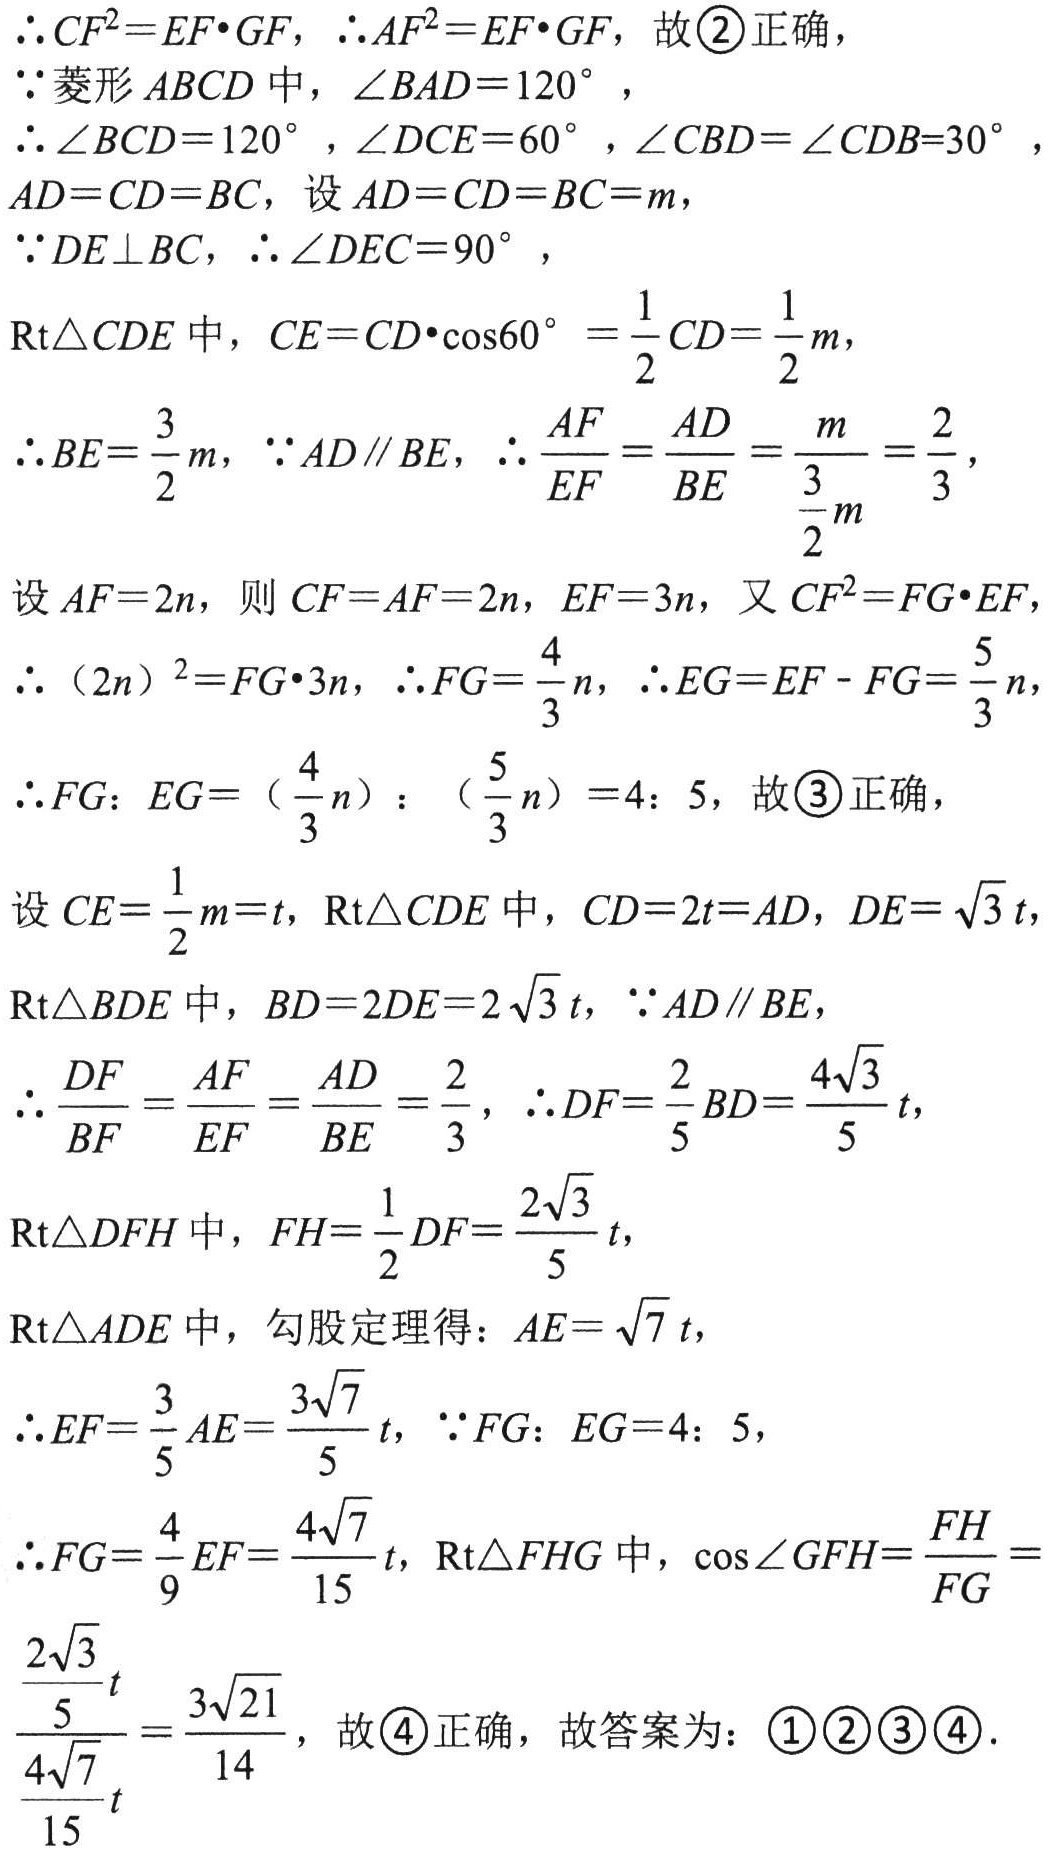
\(\therefore CF^{2}=EF\cdot GF,\ \therefore AF^{2}=EF\cdot GF,\) 故 \(\textcircled{2}\) 正确，

\(\because\) 菱形 \(ABCD\) 中，\(\angle BAD = 120^{\circ}\)，

\(\therefore \angle BCD = 120^{\circ},\angle DCE = 60^{\circ},\angle CBD=\angle CDB = 30^{\circ},\)

\(AD = CD = BC\)，设 \(AD = CD = BC = m\)，

\(\because DE\perp BC,\ \therefore \angle DEC = 90^{\circ}\)，

\(\text{Rt}\triangle CDE\) 中，\(CE = CD\cdot\cos60^{\circ}=\frac{1}{2}CD=\frac{1}{2}m\)，

\(\therefore BE=\frac{3}{2}m,\ \because AD\parallel BE,\ \therefore \frac{AF}{EF}=\frac{AD}{BE}=\frac{m}{\frac{3}{2}m}=\frac{2}{3}\)，

设 \(AF = 2n\)，则 \(CF = AF = 2n\)，\(EF = 3n\)，又 \(CF^{2}=FG\cdot EF\)，

\(\therefore (2n)^{2}=FG\cdot 3n,\ \therefore FG=\frac{4}{3}n,\ \therefore EG = EF - FG=\frac{5}{3}n\)，

\(\therefore FG:EG = (\frac{4}{3}n):(\frac{5}{3}n)=4:5\)，故 \(\textcircled{3}\) 正确，

设 \(CE=\frac{1}{2}m = t\)，\(\text{Rt}\triangle CDE\) 中，\(CD = 2t = AD\)，\(DE=\sqrt{3}t\)

\(\text{Rt}\triangle BDE\) 中，\(BD = 2DE = 2\sqrt{3}t,\ \because AD\parallel BE\)，

\(\therefore \frac{DF}{BF}=\frac{AF}{EF}=\frac{AD}{BE}=\frac{2}{3},\ \therefore DF=\frac{2}{5}BD=\frac{4\sqrt{3}}{5}t\)，

\(\text{Rt}\triangle DFH\) 中，\(FH=\frac{1}{2}DF=\frac{2\sqrt{3}}{5}t\)，

\(\text{Rt}\triangle ADE\) 中，勾股定理得：\(AE=\sqrt{7}t\)，

\(\therefore EF=\frac{3}{5}AE=\frac{3\sqrt{7}}{5}t,\ \because FG:EG = 4:5\)，

\(\therefore FG=\frac{4}{9}EF=\frac{4\sqrt{7}}{15}t\)，\(\text{Rt}\triangle FHG\) 中，\(\cos\angle GFH=\frac{FH}{FG}=\)

\(\frac{\frac{2\sqrt{3}}{5}t}{\frac{4\sqrt{7}}{15}t}=\frac{3\sqrt{21}}{14}\)，故 \(\textcircled{4}\) 正确，故答案为：\(\textcircled{1}\textcircled{2}\textcircled{3}\textcircled{4}\).